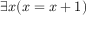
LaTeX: \exists x ( x = x + 1 )